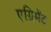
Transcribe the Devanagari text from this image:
एग्रिमेंट